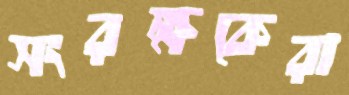
সংরক্ষকেরা